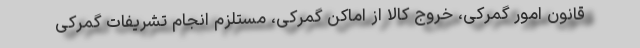
قانون امور گمرکی، خروج کالا از اماکن گمرکی، مستلزم انجام تشریفات گمرکی